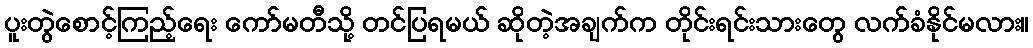
ပူးတွဲစောင့်ကြည့်ရေး ကော်မတီသို့ တင်ပြရမယ် ဆိုတဲ့အချက်က တိုင်းရင်းသားတွေ လက်ခံနိုင်မလား။